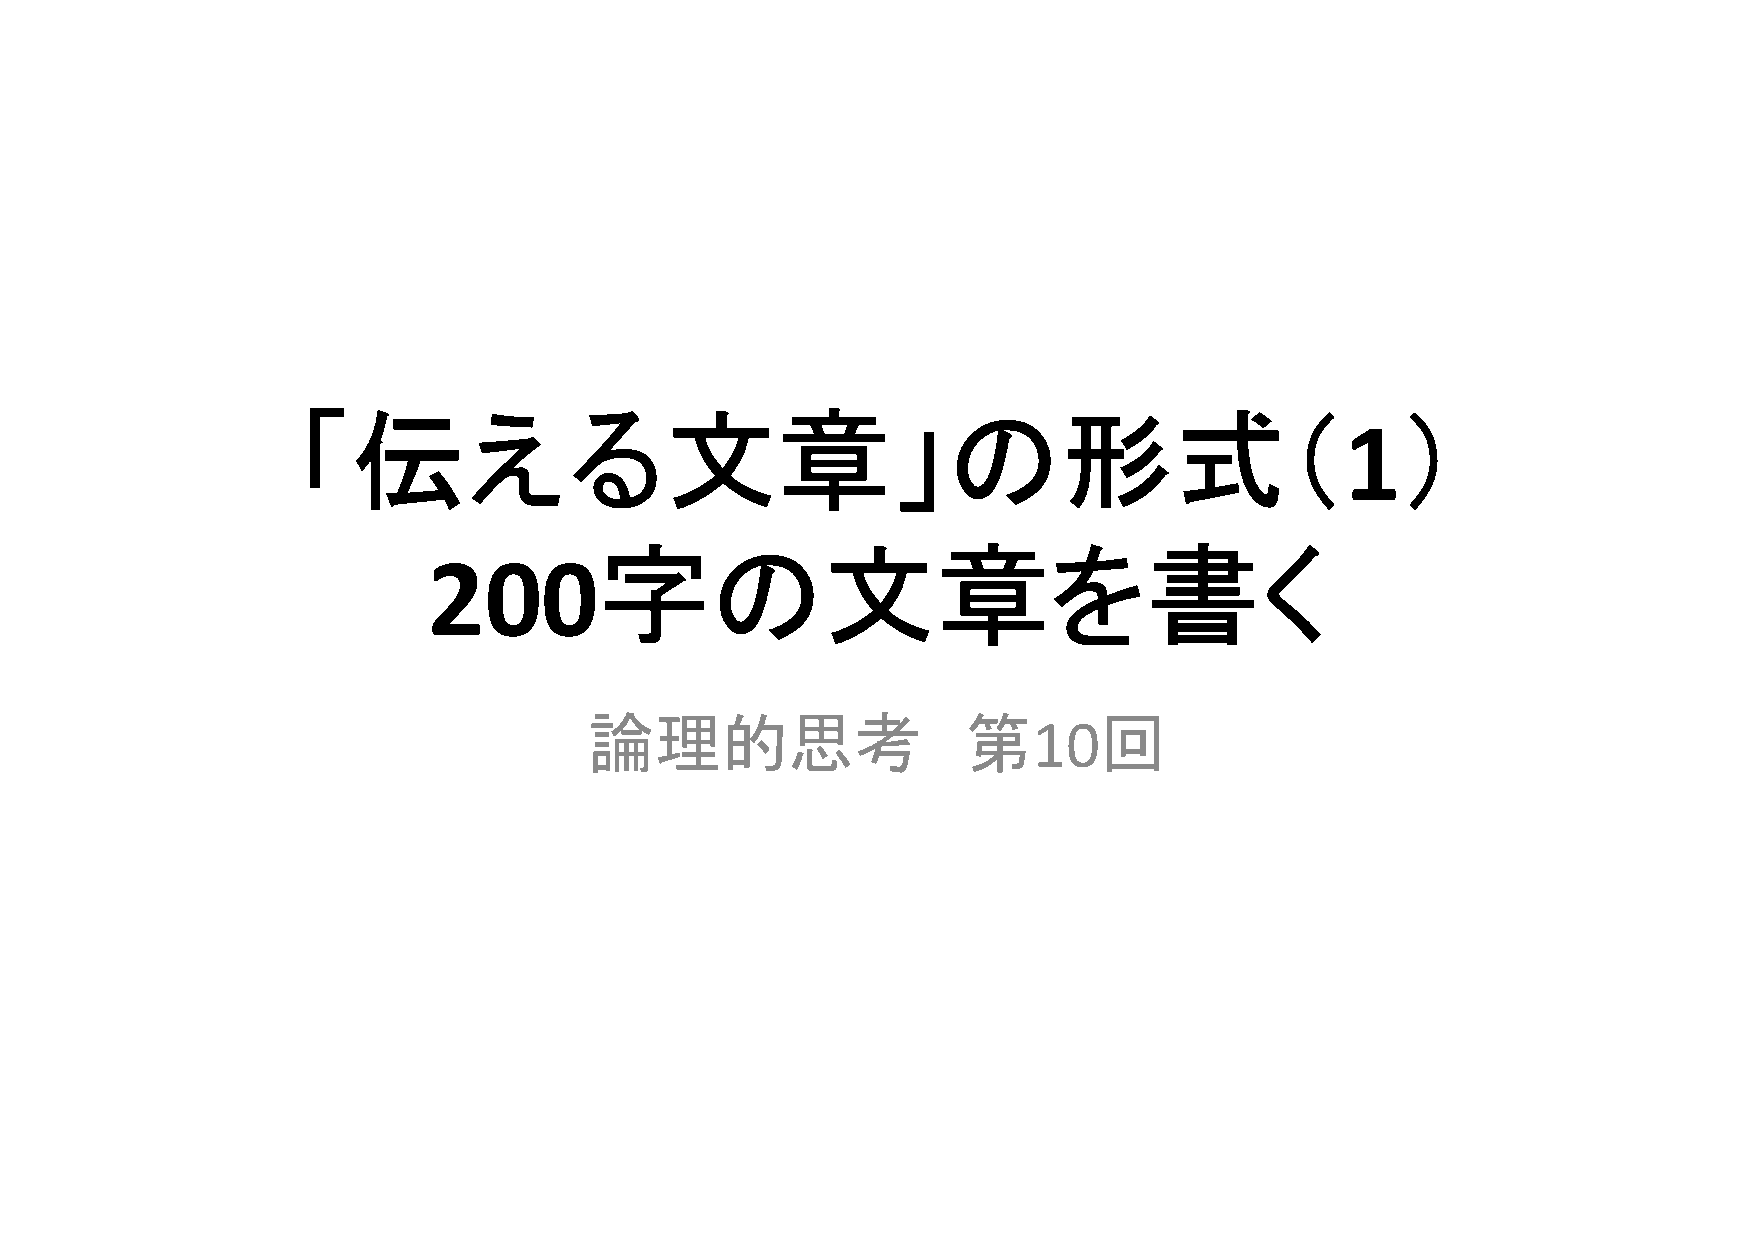
「伝える文章」の形式（                                                              ）
 1
 字の文章を書く
 200
 論理的思考                    第        回
 10